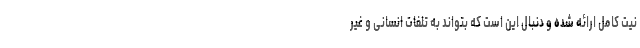
نیت کامل ارائه شده و دنبال این است که بتواند به تلفات انسانی و غیر